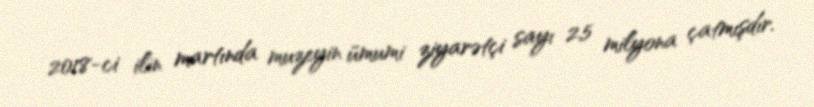
2018-ci ilin martında muzeyin ümumi ziyarətçi sayı 2,5 milyona çatmışdır.